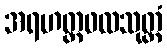
အရဟတ္တဖလသုတ္တံ